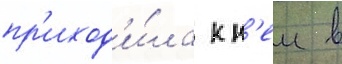
пр'иход'и́ла к н'еи в